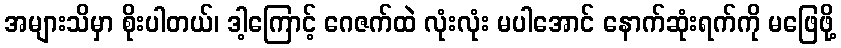
အများသိမှာ စိုးပါတယ်၊ ဒါ့ကြောင့် ဂေဇက်ထဲ လုံးလုံး မပါအောင် နောက်ဆုံးရက်ကို မဖြေဖို့